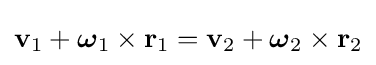
\mathbf {v} _{1}+{\boldsymbol {\omega }}_{1}\times \mathbf {r} _{1}=\mathbf {v} _{2}+{\boldsymbol {\omega }}_{2}\times \mathbf {r} _{2}